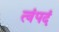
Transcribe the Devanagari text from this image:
त्वंपदं